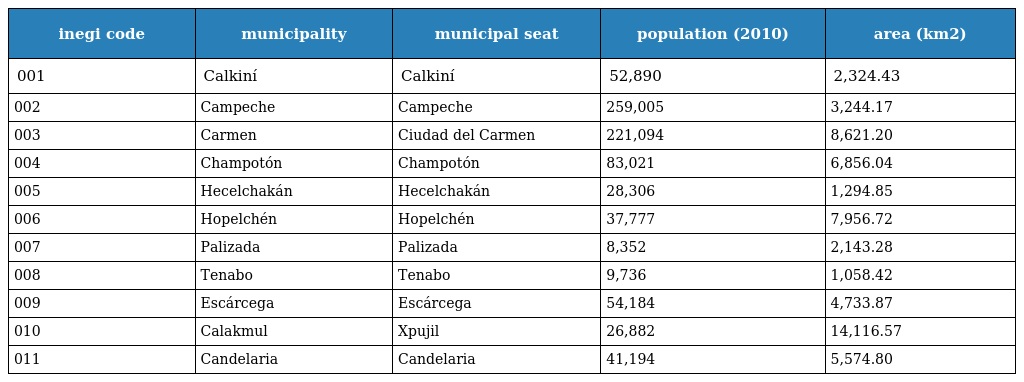
| inegi code | municipality | municipal seat | population (2010) | area (km2) |
 | --- | --- | --- | --- | --- |
 | 001 | Calkiní | Calkiní | 52,890 | 2,324.43 |
 | 002 | Campeche | Campeche | 259,005 | 3,244.17 |
 | 003 | Carmen | Ciudad del Carmen | 221,094 | 8,621.20 |
 | 004 | Champotón | Champotón | 83,021 | 6,856.04 |
 | 005 | Hecelchakán | Hecelchakán | 28,306 | 1,294.85 |
 | 006 | Hopelchén | Hopelchén | 37,777 | 7,956.72 |
 | 007 | Palizada | Palizada | 8,352 | 2,143.28 |
 | 008 | Tenabo | Tenabo | 9,736 | 1,058.42 |
 | 009 | Escárcega | Escárcega | 54,184 | 4,733.87 |
 | 010 | Calakmul | Xpujil | 26,882 | 14,116.57 |
 | 011 | Candelaria | Candelaria | 41,194 | 5,574.80 |